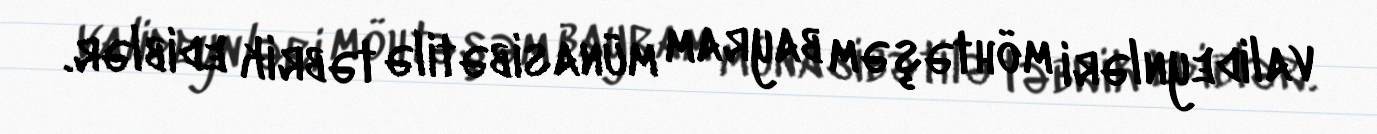
valideynləri möhtəşəm bayram münasibətilə təbrik ediblər.